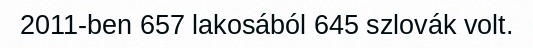
2011-ben 657 lakosából 645 szlovák volt.